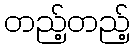
တည့်တည့်